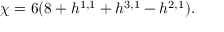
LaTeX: \chi = 6 ( 8 + h ^ { 1 , 1 } + h ^ { 3 , 1 } - h ^ { 2 , 1 } ) .